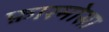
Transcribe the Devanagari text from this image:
फ़ारमोसा